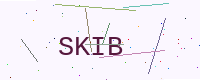
Text: SKIB